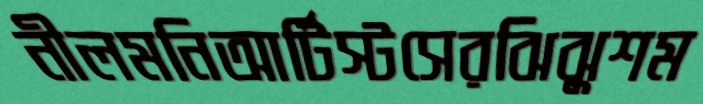
নীলমনিআর্টিস্টসেরঝিঝুশম